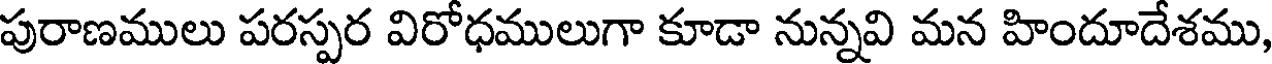
పురాణములు పరస్పర విరోధములుగా కూడా నున్నవి మన హిందూదేశము,